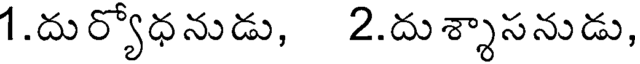
1.దుర్యోధనుడు, 2.దుశ్శాసనుడు,